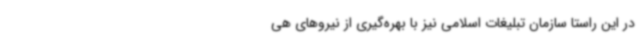
در این راستا سازمان تبلیغات اسلامی نیز با بهره‌گیری از نیروهای هی